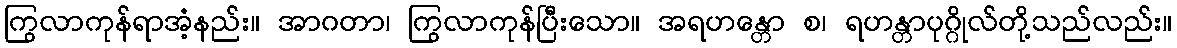
ကြွလာကုန်ရာအံ့နည်း။ အာဂတာ၊ ကြွလာကုန်ပြီးသော။ အရဟန္တော စ၊ ရဟန္တာပုဂ္ဂိုလ်တို့သည်လည်း။